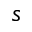
s